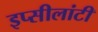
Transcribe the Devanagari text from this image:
इप्सीलांटी